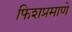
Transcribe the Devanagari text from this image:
फिशप्रमाणे